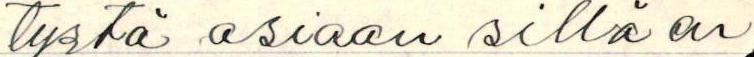
tystä asiaan sillä en